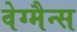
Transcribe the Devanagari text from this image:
वेग्मैन्स